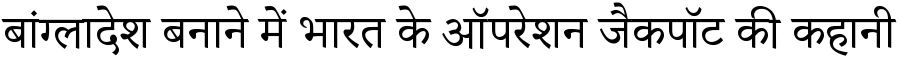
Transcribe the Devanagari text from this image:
बांग्लादेश बनाने में भारत के ऑपरेशन जैकपॉट की कहानी